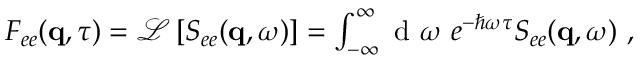
\begin{array} { r } { F _ { e e } ( \mathbf { q } , \tau ) = \mathcal { L } \left[ S _ { e e } ( \mathbf { q } , \omega ) \right] = \int _ { - \infty } ^ { \infty } \textnormal { d } \omega \ e ^ { - \hbar \omega \tau } S _ { e e } ( \mathbf { q } , \omega ) \ , } \end{array}